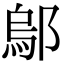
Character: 鄔